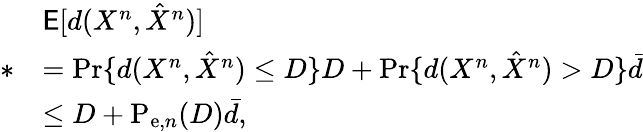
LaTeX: \begin{array}{rl}&{\mathsf{E}[d(X^{n},\hat{X}^{n})]}\\ {*}&{=\operatorname*{Pr}\{ d(X^{n},\hat{X}^{n})\leq D\} D+\operatorname*{Pr}\{ d(X^{n},\hat{X}^{n})>D\} \bar{d}}\\ &{\leq D+\mathrm{P}_{\mathrm{e},n}(D)\bar{d},}\end{array}